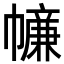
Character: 𢅖